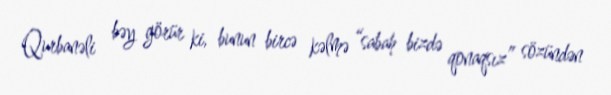
Qurbanəli bəy görür ki, bunun bircə kəlmə “sabah bizdə qonaqsız” sözündən